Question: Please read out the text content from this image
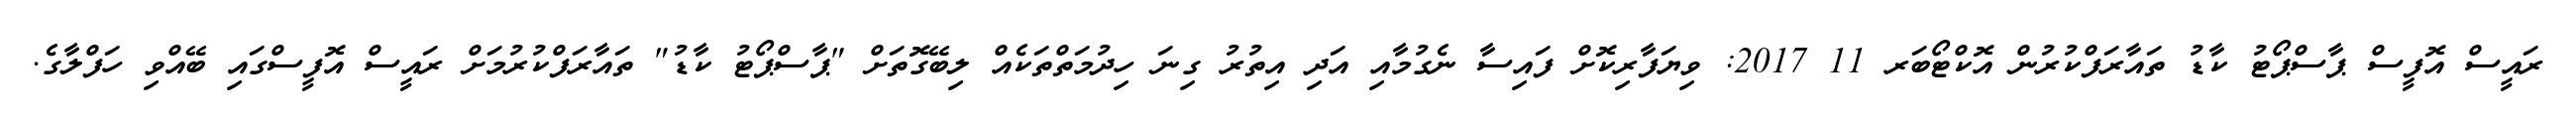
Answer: ރައީސް އޮފީސް ޕާސްޕޯޓު ކާޑު ތައާރަފްކުރުން އޮކްޓޯބަރ 11 2017: ވިޔަފާރިކޮށް ފައިސާ ނެގުމާއި އަދި އިތުރު ގިނަ ހިދުމަތްތަކެއް ލިބޭގޮތަށް "ޕާސްޕޯޓު ކާޑު" ތައާރަފްކުރުމަށް ރައީސް އޮފީސްގައި ބޭއްވި ހަފްލާގެ.